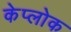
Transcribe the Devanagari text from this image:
केप्लोक